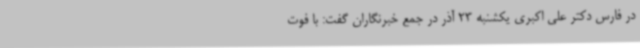
در فارس دکتر علی اکبری یکشنبه 23 آذر در جمع خبرنگاران گفت: با فوت